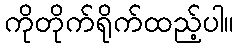
ကိုတိုက်ရိုက်ထည့်ပါ။